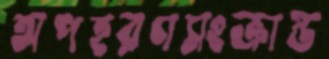
অপহরণসংক্রান্ত